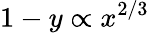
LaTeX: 1-y\propto x^{2/3}